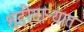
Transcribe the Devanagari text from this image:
थंडीवाऱ्यात